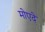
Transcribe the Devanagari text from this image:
मोएदे